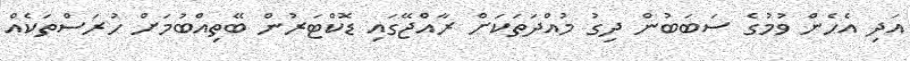
އަދި އެހެން ވުމުގެ ސަބަބުން ދިގު މުއްދަތަކަށް ރާއްޖޭގައި ޑޮކްޓަރުން ބޭތިއްބުމަށް ހުރަސްތަކެއް